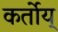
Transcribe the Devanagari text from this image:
कर्तोय्